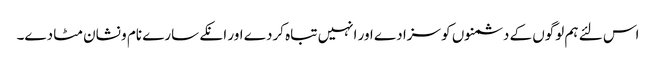
اس لئے ہم لوگوں کے دشمنوں کو سزا دے اور انہیں تباہ کردے اور انکے سارے نام و نشان مٹا دے۔